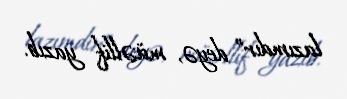
lazımdır” deyə, müəllif yazıb.